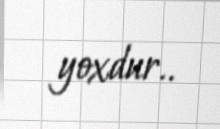
yoxdur..